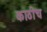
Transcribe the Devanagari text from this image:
काठीच